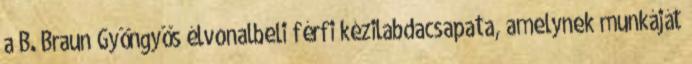
a B. Braun Gyöngyös élvonalbeli férfi kézilabdacsapata, amelynek munkáját